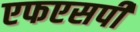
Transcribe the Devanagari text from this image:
एफएसपी